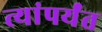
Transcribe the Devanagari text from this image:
त्यांपर्यंत